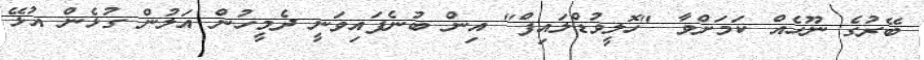
ބޭރުގެ ނޫހެއް ކަމަށްވާ "ހޮލީވުޑްލައިފް" އިން ބުނެފައިވަނީ ދެމީހުން އަލުން ގުޅެން އުޅޭ